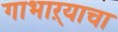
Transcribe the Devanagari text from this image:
गाभाऱ्याचा